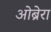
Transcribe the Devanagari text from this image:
ओब्रेरा